Riigikantselei, lk 127
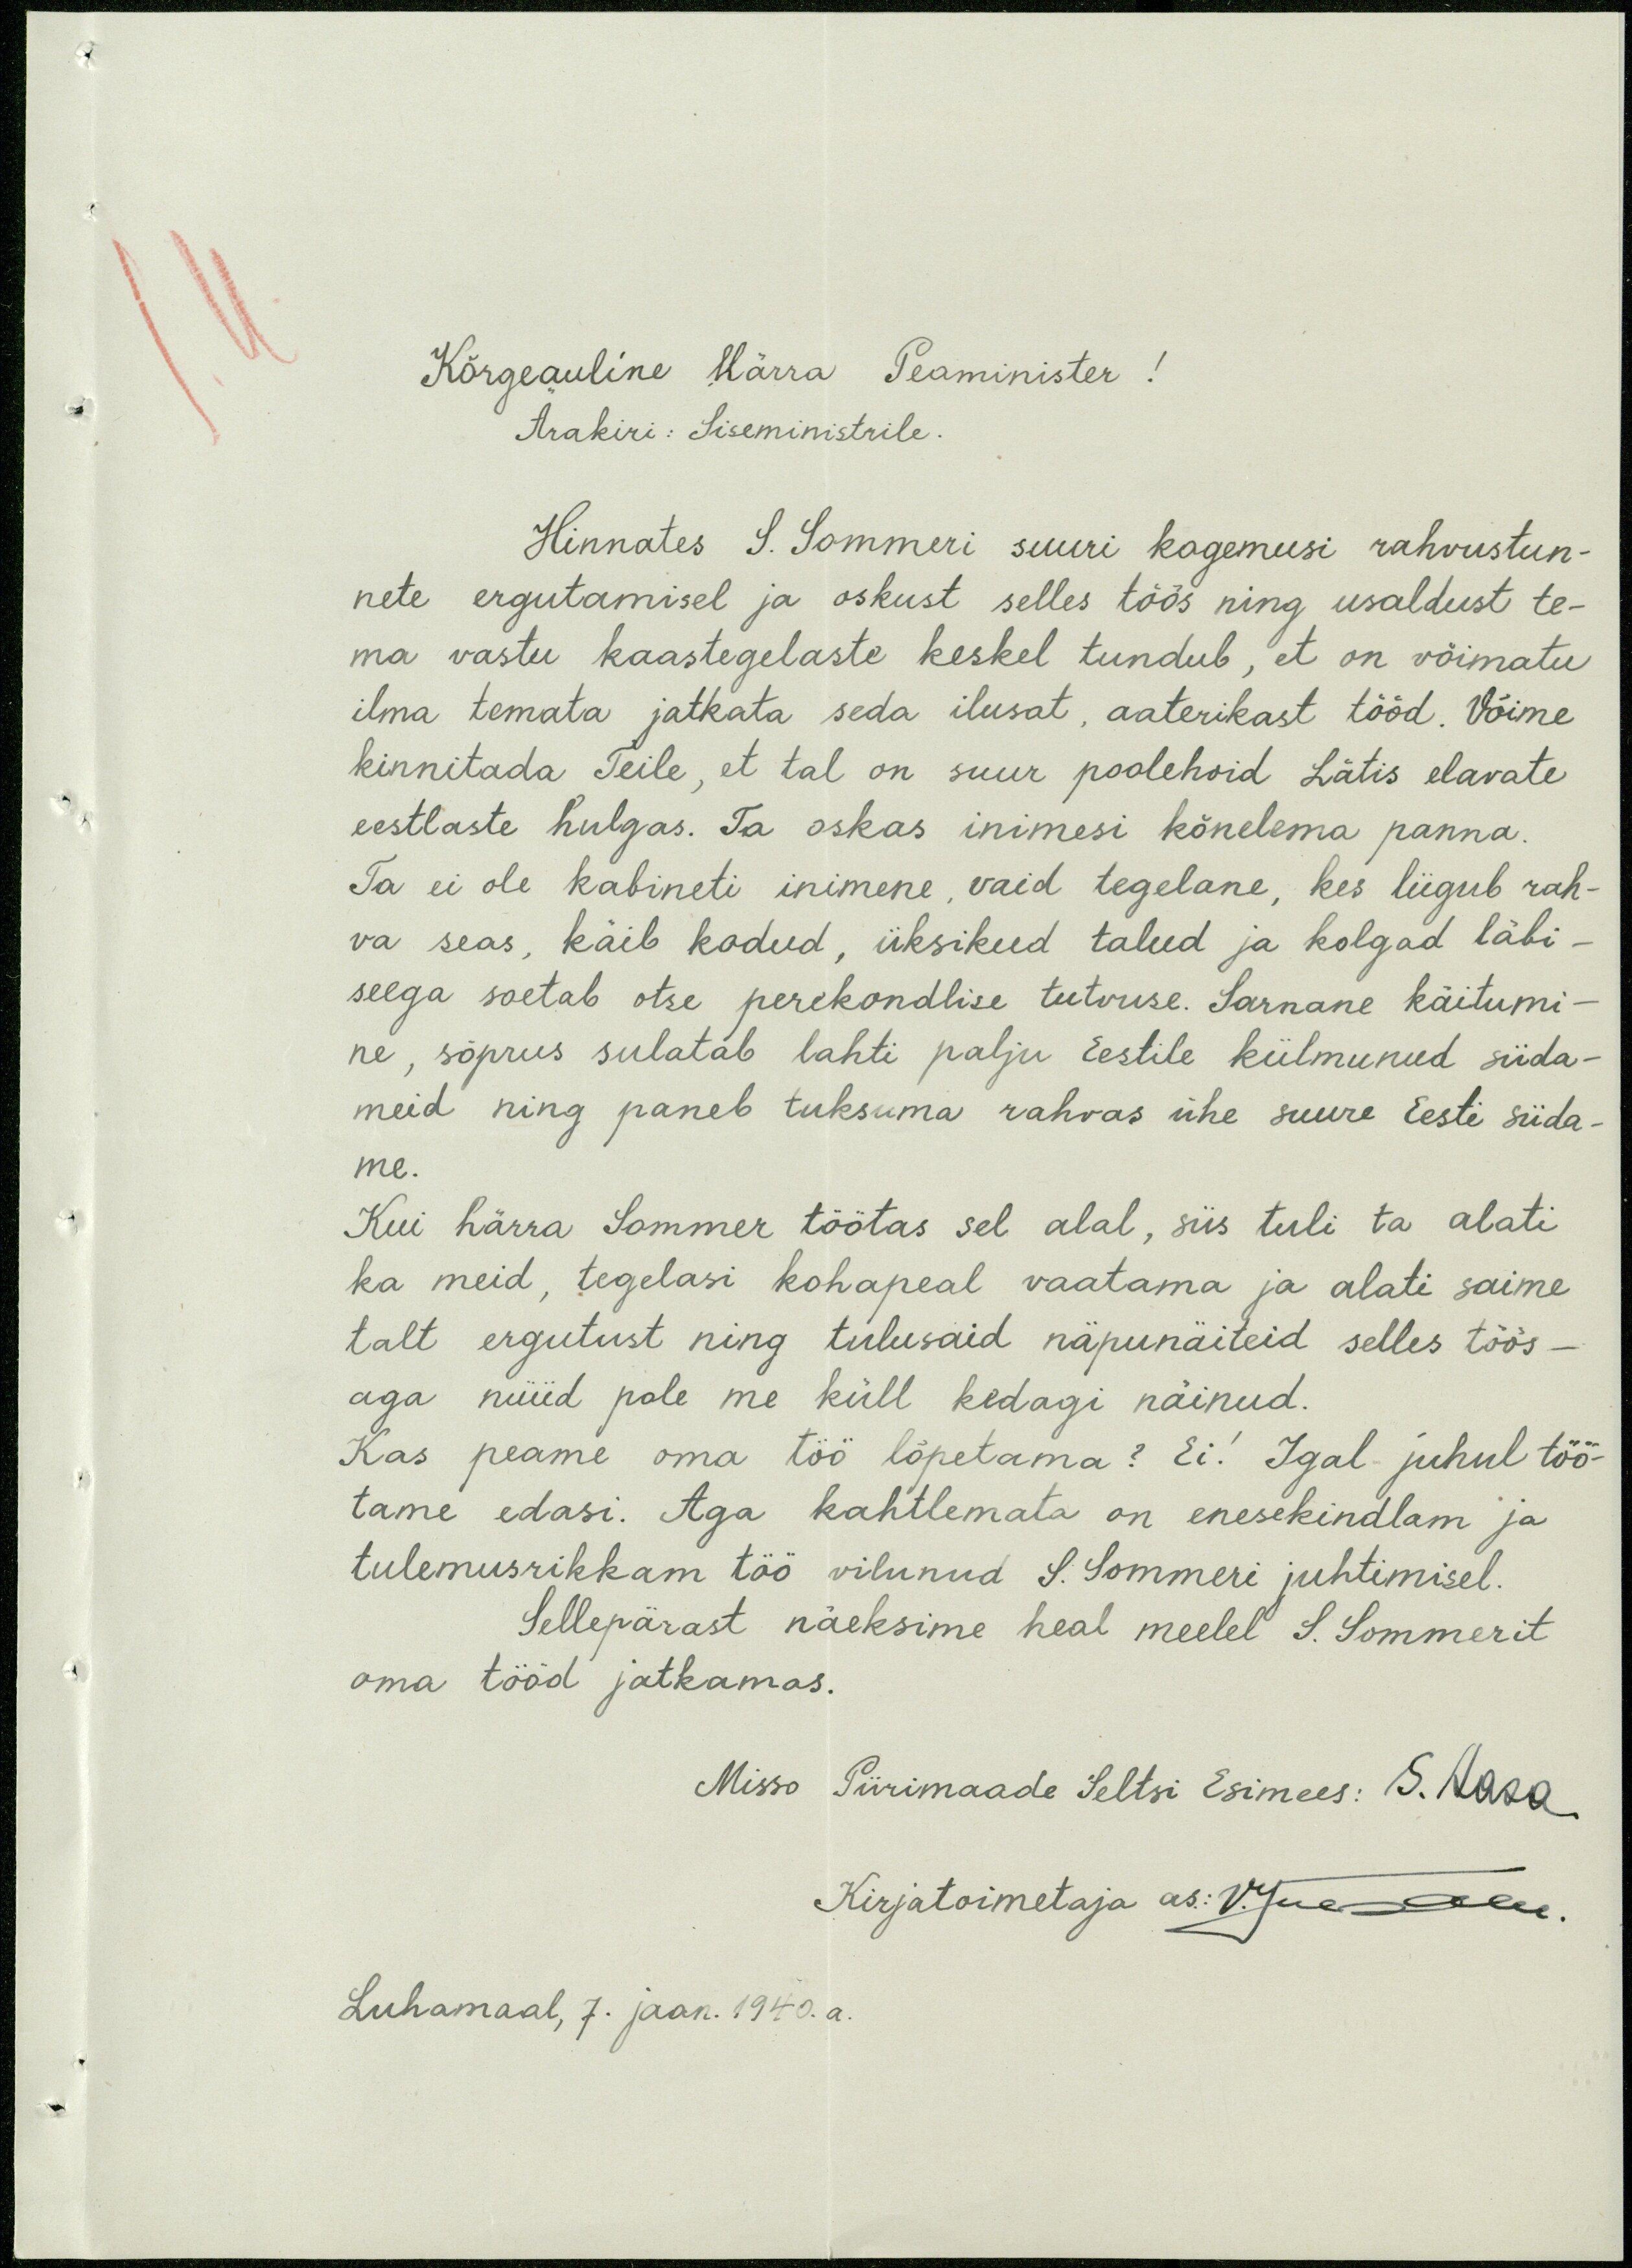
Kõrgeauline Härra Peaminister!
Ärakiri: Siseministrile.
Hinnates S. Sommeri suuri kagemusi rahvustun-
nete ergutamisel ja oskust selles töös ning usaldust te-
ma vastu kaastegelaste keskel tundub, et on võimatu
ilma temata jatkata seda ilusat, aaterikast tööd. Võime
kinnitada Teile, et tal on suur poolehoid Lätis elavate
eestlaste hulgas. Ta oskas inimesi kõnelema panna.
Ta ei ole kabineti inimene, vaid tegelane, kes liigub rah-
va seas, käib kodud, üksikud talud ja kolgad läbi-
seega soetab otse perekondlise tutvuse. Sarnane käitumi-
ne, sõprus sulatab lahti palju Eestile külmunud süda-
meid ning paneb tuksuma rahvas ühe suure Eesti süda-
me.
Kui härra Sommer töötas sel alal, siis tuli ta alati
ka meid, tegelasi kohapeal vaatama ja alati saime
talt ergutust ning tulusaid näpunäiteid selles töös-
aga nüüd pole me küll kedagi näinud.
Kas peame oma töö lõpetama? Ei! Igal juhul tõö-
tame edasi. Aga kahtlemata on enesekindlam ja
tulemusrikkam töö vilunud S. Sommeri juhtimisel.
Sellepärast näeksime heal meelel S. Sommerit
oma tööd jatkamas.
Misso Piirimaade Seltsi Esimees: S. Aasa
Kirjatoimetaja as: V.Jue olen.
Luhamaal, 7. jaan. 1940. a.